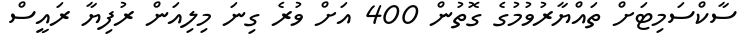
ސާކްސަމިޓަށް ތައްޔާރުވުމުގެ ގޮތުން 400 އަށް ވުރެ ގިނަ މިލިއަން ރުފިޔާ ރައީސް